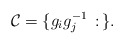
\begin{align*}\mathcal{C}=\{g_ig_j^{-1}\,:\,\}.\end{align*}